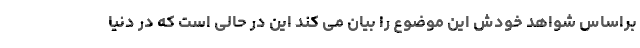
براساس شواهد خودش این موضوع را بیان می کند این در حالی است که در دنیا